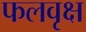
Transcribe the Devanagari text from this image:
फलवृक्ष